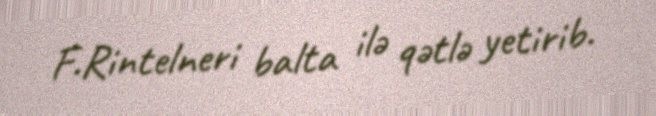
F.Rintelneri balta ilə qətlə yetirib.